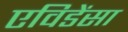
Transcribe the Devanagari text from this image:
एविडेंसा